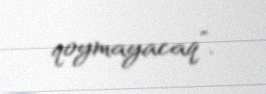
qoymayacaq”.